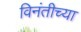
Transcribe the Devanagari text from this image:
विनंतीच्या